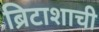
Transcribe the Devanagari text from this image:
ब्रिटाशाची